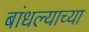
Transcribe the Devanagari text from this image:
बांधल्याच्या